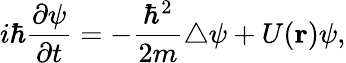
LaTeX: i\hbar{\frac{\partial\psi}{\partial t}}=-{\frac{{\hbar}^{2}}{2m}}\triangle\psi+U({\mathbf r})\psi,